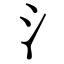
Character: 氵